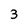
Character: 3